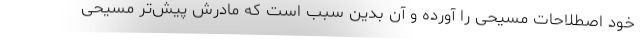
خود اصطلاحات مسیحی را آورده و آن بدین سبب است که مادرش پیش‌تر مسیحی